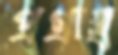
প্রগ্রাহ্